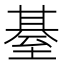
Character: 𦥄